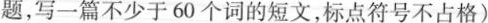
题，写一篇不少于60个词的短文，标点符号不占格)